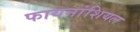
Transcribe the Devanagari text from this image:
फायनांशियल